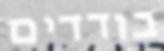
בודדים